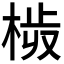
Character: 𣒉